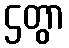
ဌတွာ